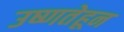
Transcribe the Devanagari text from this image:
उष्णतेहून